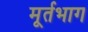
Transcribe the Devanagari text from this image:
मूर्तभाग